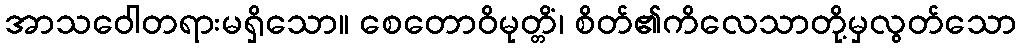
အာသဝေါတရားမရှိသော။ စေတောဝိမုတ္တိံ၊ စိတ်၏ကိလေသာတို့မှလွတ်သော